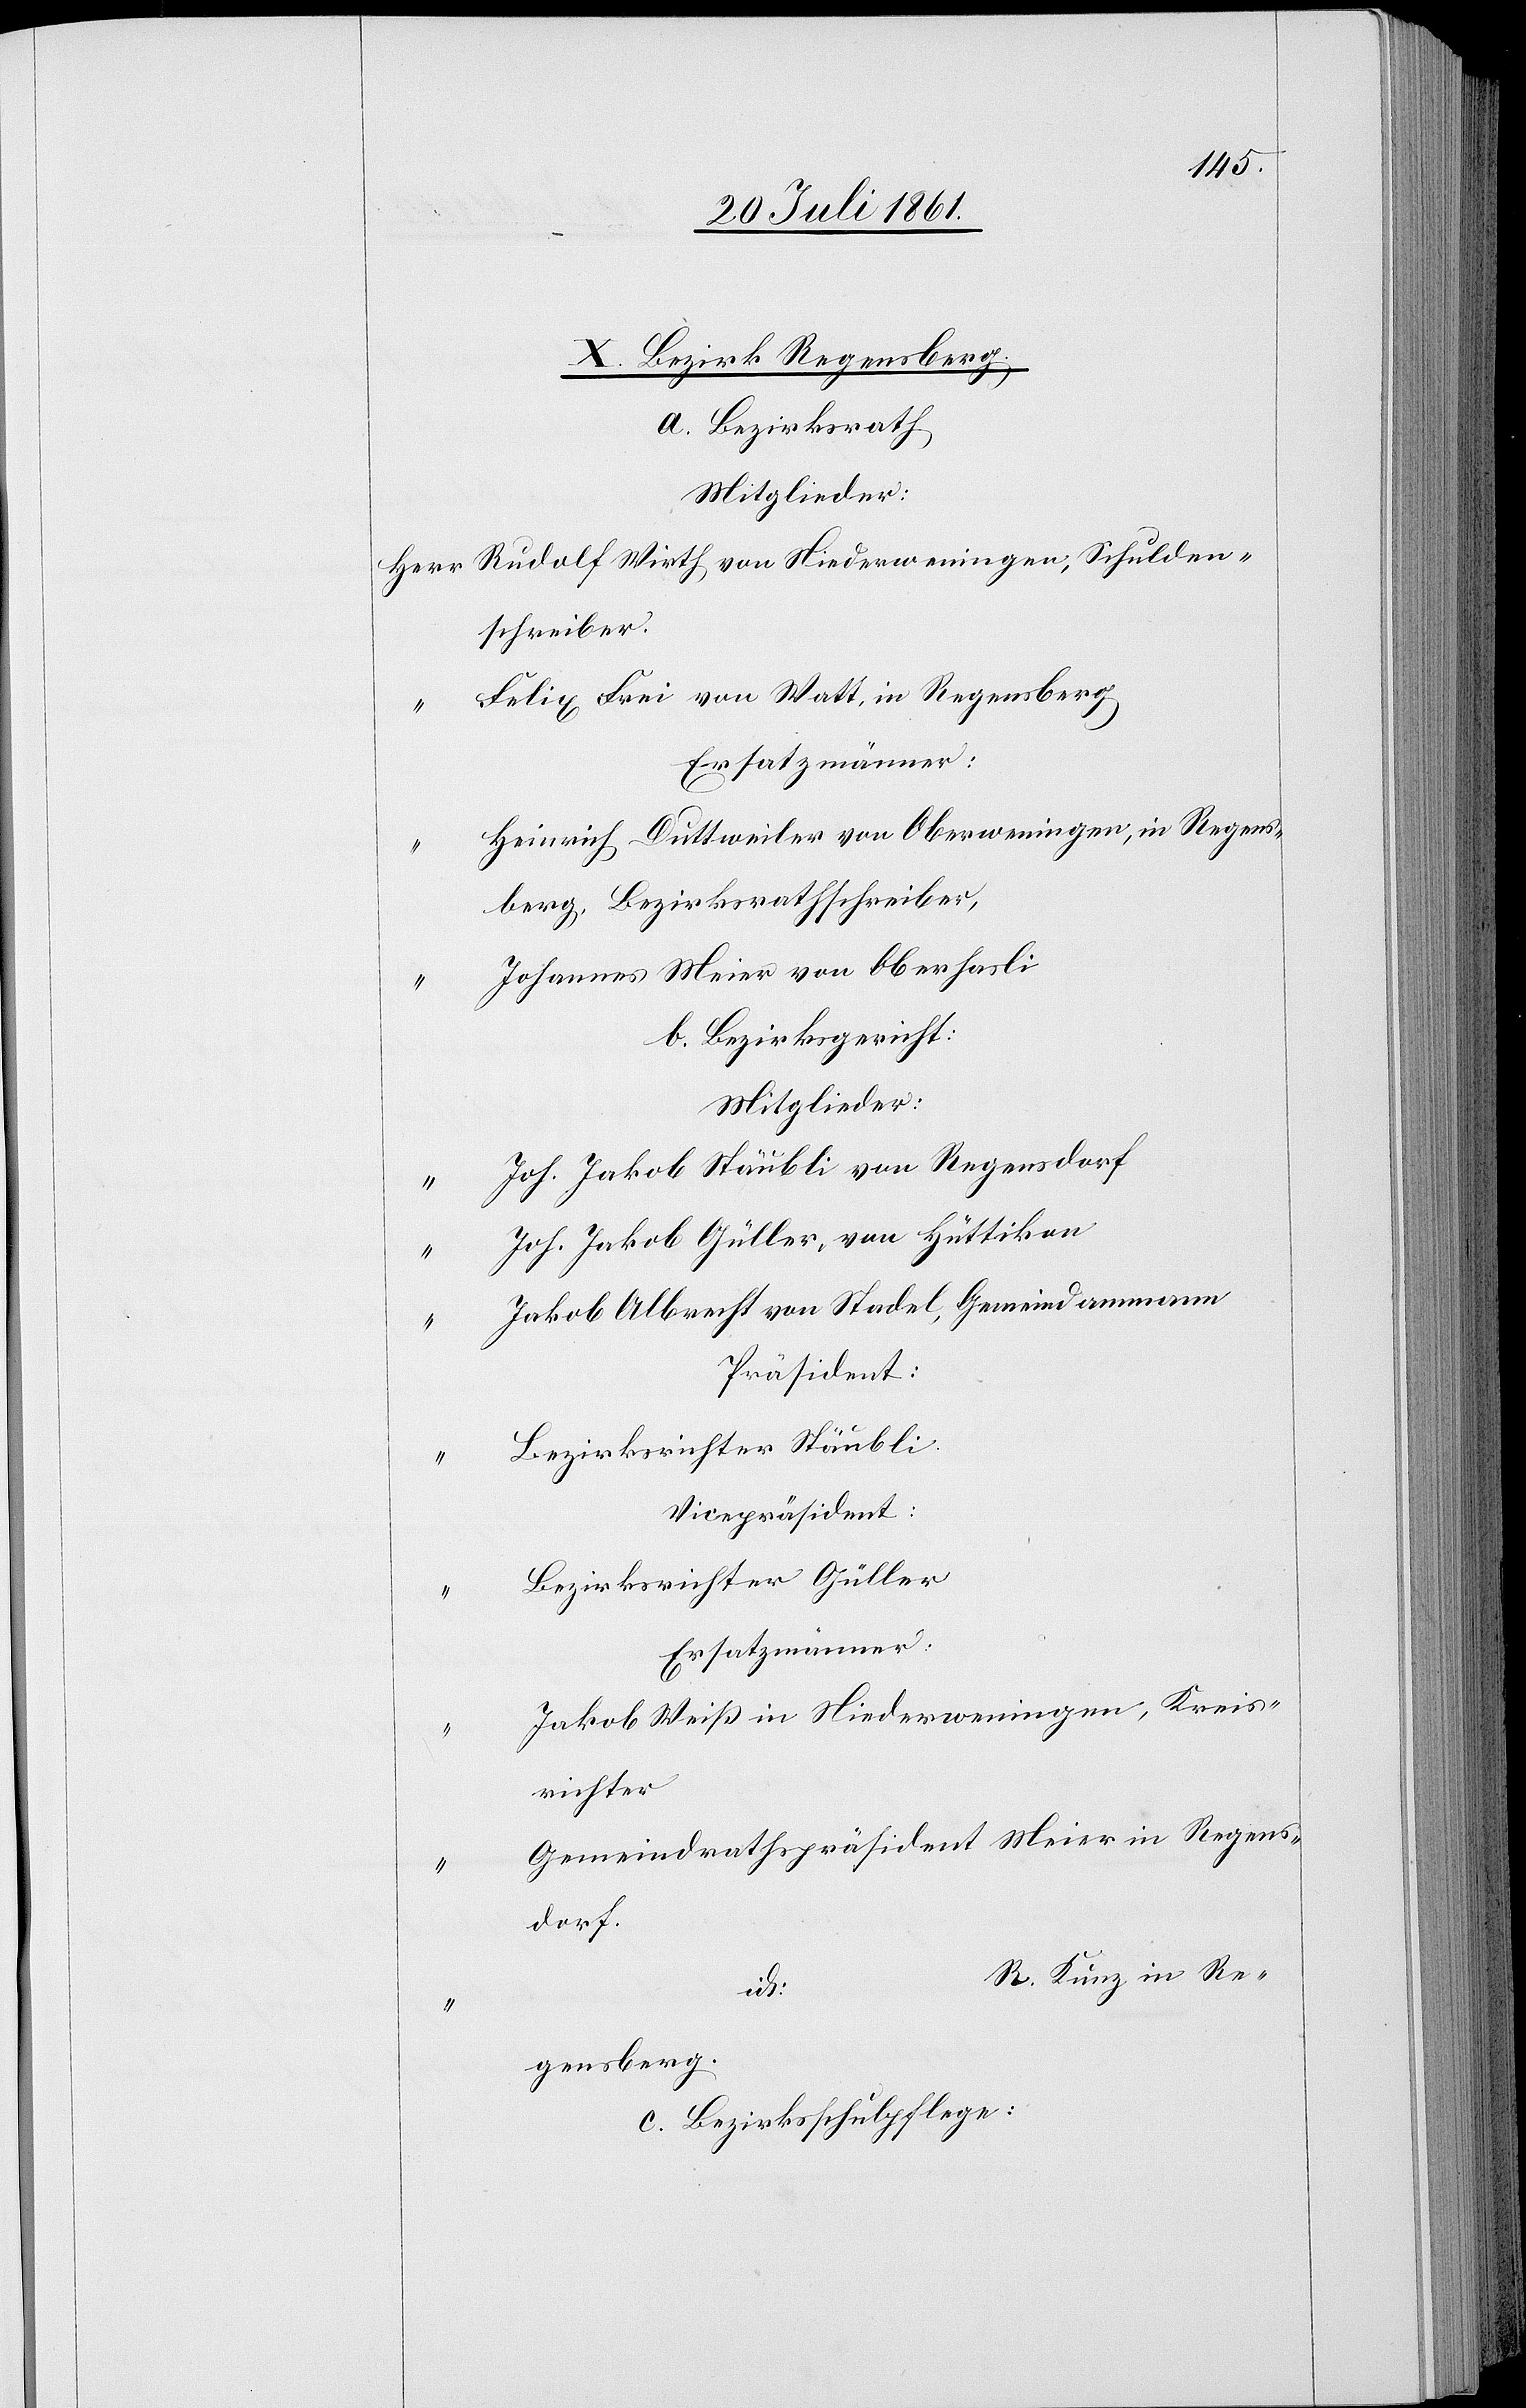
X. Bezirk Regensberg:
a. Bezirksrath
Mitglieder:
Herr Rudolf Wirth von Niederweningen, Schulden¬
schreiber.
Felix Frei von Watt, in Regensberg
Ersatzmänner:
Heinrich Duttweiler von Oberweningen, in Regens¬
berg, Bezirksrathschreiber,
Johannes Meier von Oberhasli
b. Bezirksgericht:
Mitglieder:
Joh. Jakob Stäubli von Regensdorf
Joh. Jakob Güller, von Hüttikon
Jakob Albrecht von Stadel, Gemeindammann
Präsident:
Bezirksrichter Stäubli
Vicepräsident:
Bezirksrichter Güller
Jakob Weiß von Niederweningen, Kreis¬
richter
Gemeindrathspräsident Meier in Regens¬
dorf.
Künz in Re¬
gensberg.
c. Bezirksschulpflege: